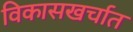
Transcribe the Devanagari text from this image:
विकासखर्चात